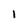
Character: 1